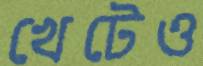
খেটেও